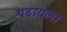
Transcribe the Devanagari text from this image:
पढायला